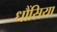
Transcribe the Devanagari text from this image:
धौंसिया